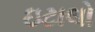
ઇટાલો